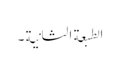
الطبعة الثانیة ۔